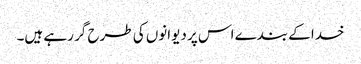
خدا کے بندے اس پر دیوانوں کی طرح گر رہے ہیں۔